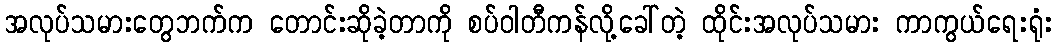
အလုပ်သမားတွေဘက်က တောင်းဆိုခဲ့တာကို စပ်ဝါတီကန်လို့ခေါ်တဲ့ ထိုင်းအလုပ်သမား ကာကွယ်ရေးရုံး